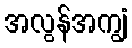
အလွန်အကျွံ